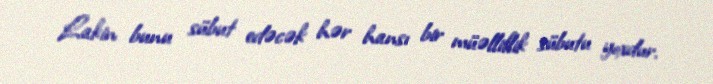
Lakin bunu sübut edəcək hər hansı bir müəlliflik sübutu yoxdur.